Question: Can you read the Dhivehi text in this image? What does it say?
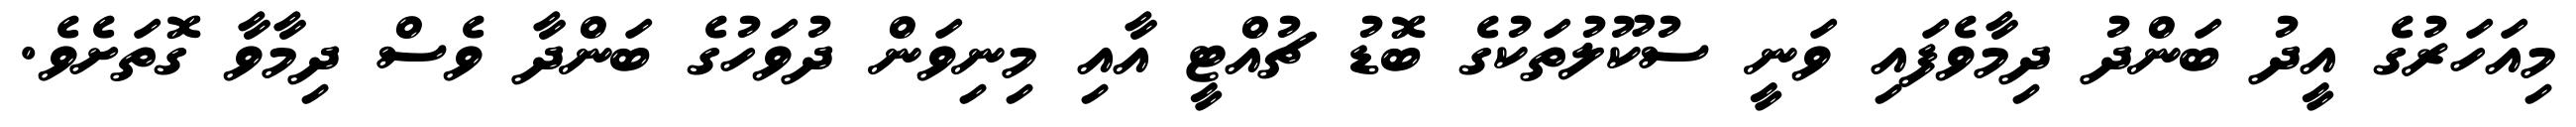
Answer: މިއަހަރުގެ އީދު ބަންދު ދިމާވެފައި ވަނީ ސުކޫލުތަކުގެ ބޮޑު ޗުއްޓީ އާއި މިނިވަން ދުވަހުގެ ބަންދާ ވެސް ދިމާވާ ގޮތަށެވެ.